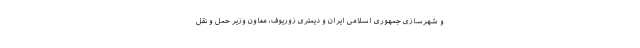
و شهرسازی جمهوری اسلامی ایران و دیمتری زوریوف، معاون وزیر حمل و نقل